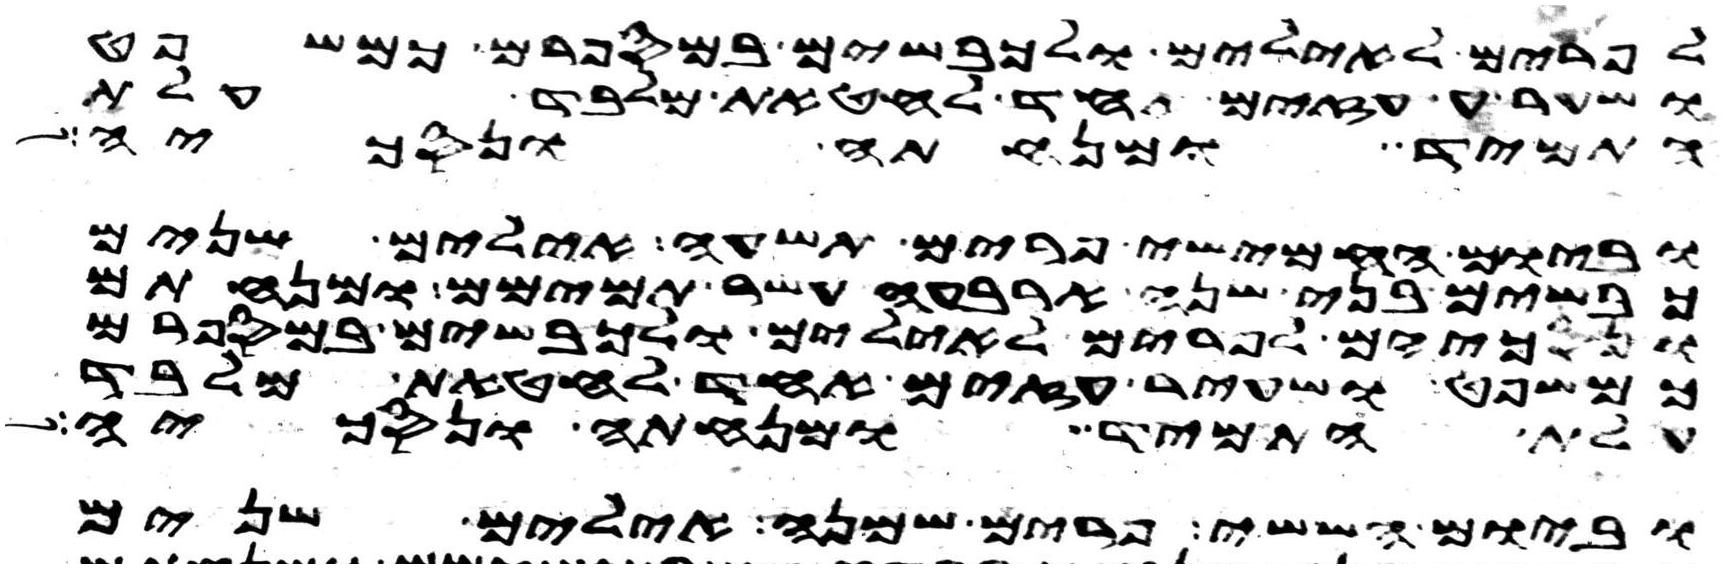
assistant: לפרים לאילים ולכבשים במספרם כמשפט
ושעיר עזים אחד לחטאת מלבד עלת
התמיד ומנחתה ונסכיה
וביום החמישי פרים תשעה אילים שנים
כבשים בני שנה ארבעה עשר תמימם ומנחתם
ונסכיהם לפרים לאילים ולכבשים במספרם
כמשפט ושעיר עזים אחד לחטאת מלבד
עלת התמיד ומנחתה ונסכיה
וביום הששי פרים שמנה אילים שנים